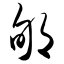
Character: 郇